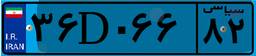
۳۶D۰۶۶۸۲